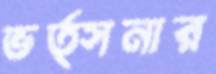
ভর্ত্সনার